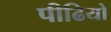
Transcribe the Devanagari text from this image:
पीढियो